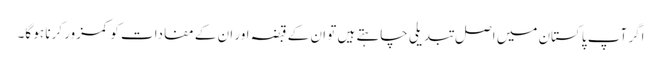
اگر آپ پاکستان میں اصل تبدیلی چاہتے ہیں تو ان کے قبضہ اور ان کے مفادات کو کمزور کرنا ہو گا۔